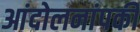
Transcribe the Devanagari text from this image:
आंदोलनांपकी